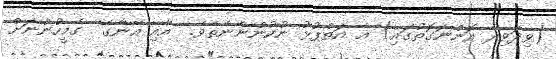
(ވިދަވިދާ އޮންނަގޮތުގައި) އެ އަތްޕުޅު ނުކުންނާނެތެވެ.  އާއި އޭނާގެ  ގެމީހުންނަށް